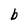
Character: b